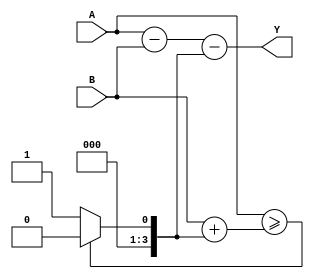
module behavioral_subtractor(input [3:0] A, input [3:0] B, output reg [3:0] Y);

  reg [3:0] borrow;

  assign Y = A - B - borrow;

  always @* begin
    if (A >= B + borrow) begin
      borrow <= 0;
    end else begin
      borrow <= 1;
    end
  end

endmodule